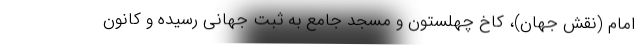
امام (نقش جهان)، کاخ چهلستون و مسجد جامع به ثبت جهانی رسیده و کانون